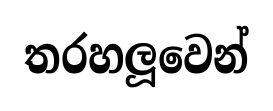
තරහලූවෙන්